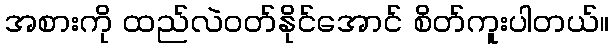
အစားကို ထည်လဲဝတ်နိုင်အောင် စိတ်ကူးပါတယ်။